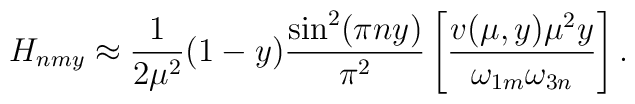
H_{nmy} \approx \frac{1}{2 \mu^2} (1-y) \frac{\sin^2(\pi n y) }{\pi^2}\left[\frac{v(\mu,y) \mu^2 y }{ \omega_{1m} \omega_{3n}}\right].